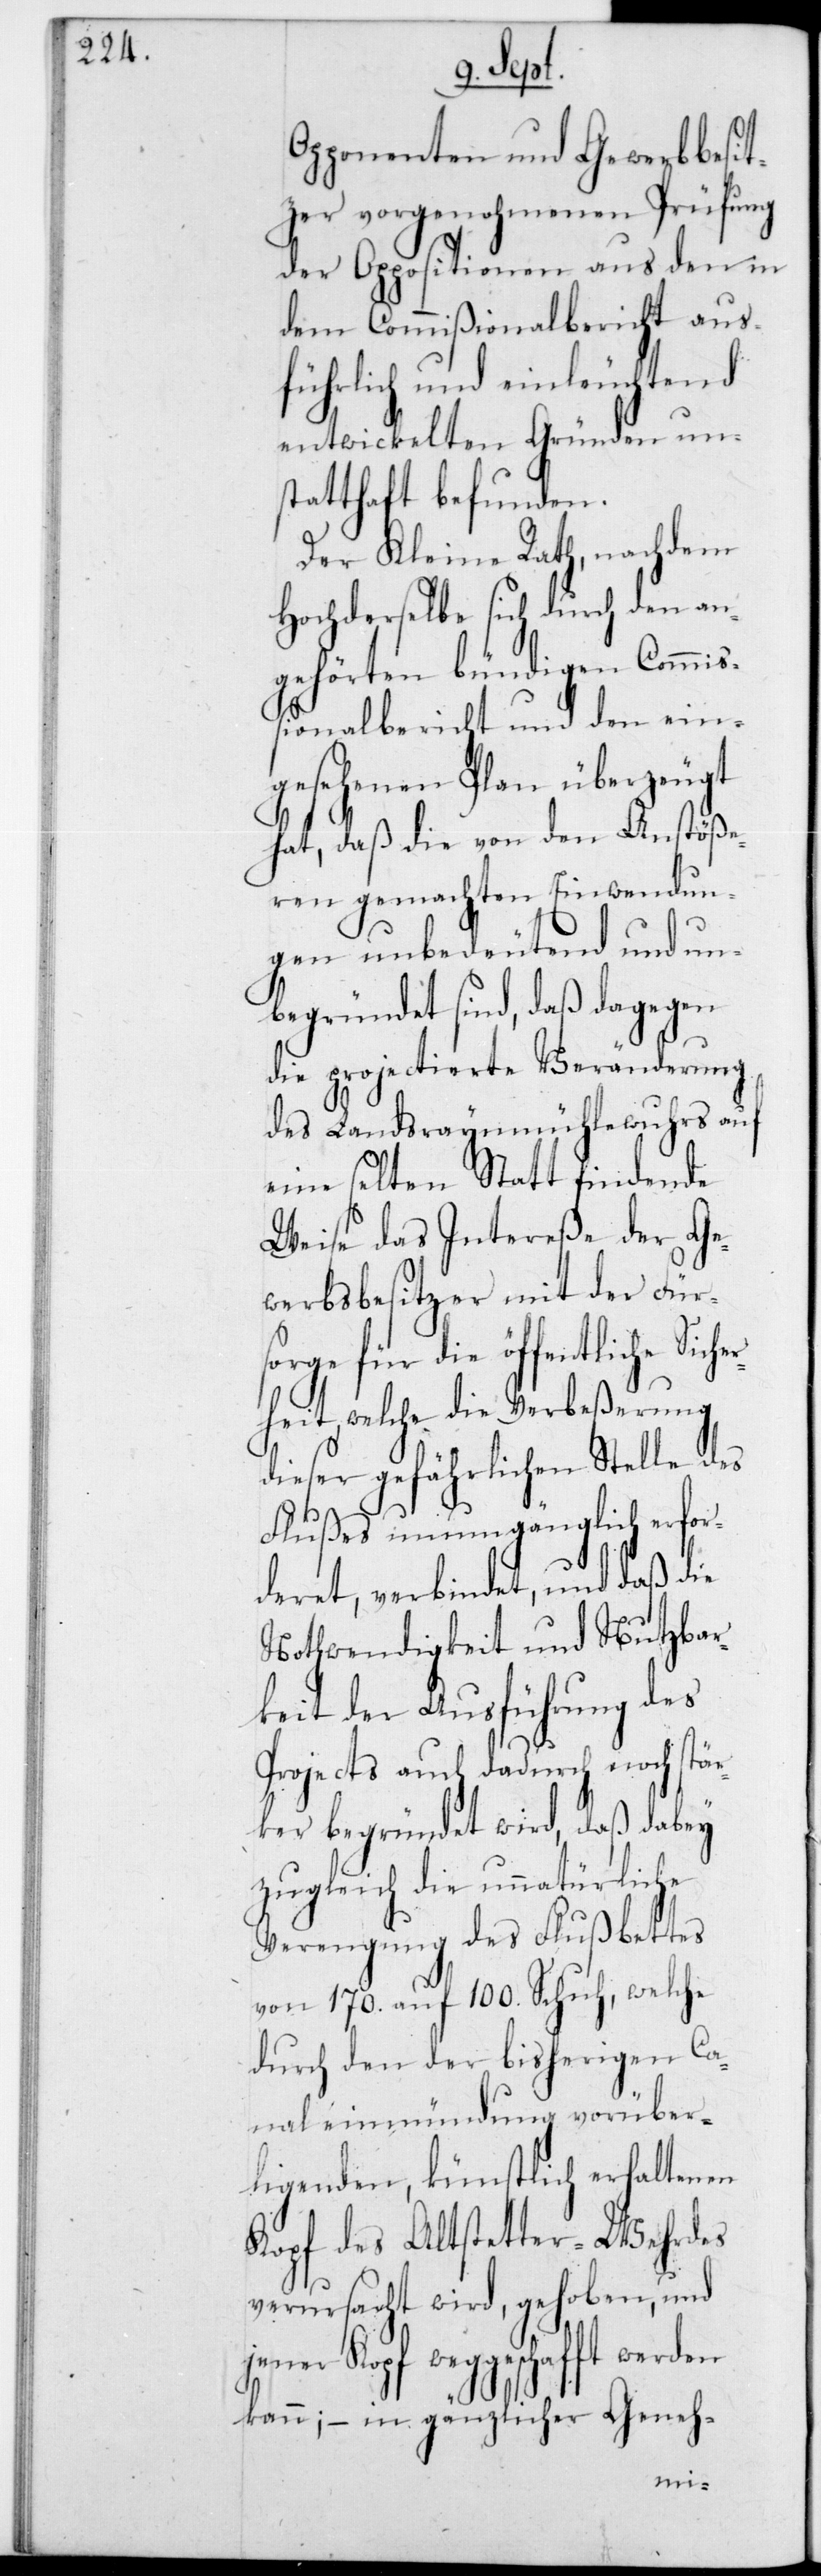
Opponenten und Gewerbbesit¬
zer vorgenohmenen Prüfung
der Oppositionen aus den in
dem Commißionalbericht aus¬
führlich und einleuchtend
entwickelten Gründen un¬
statthaft befunden.
Der Kleine Rat, nachdem
Hochderselbe sich durch den an¬
gehörten bündigen Commiß¬
ionalbericht und den ein¬
gesehenen Plan überzeugt
hat, daß die von den Anstöße¬
ren gemachten Einwendun¬
gen unbedeutend und un¬
begründet sind, daß dagegen
die projectierte Veränderung
des Landsraynmühlewuhrs auf
eine selten statt findende
Weise das Intereße der Ge¬
werbsbesitzer mit der Für¬
sorge für die öffentliche Siche¬
rheit, welche die Verbeßerung
dieser gefährlichen Stelle des
Flußes unumgänglich erfor¬
deret, verbindet, und daß die
Nothwendigkeit und Nutzbar¬
keit der Ausführung des
Projects auch dadurch noch stär¬
ker begründet wird, daß dabey
zugleich die unnatürliche
Verengung des Flußbettes
von 170 auf 100 Schuh, welche
durch den der bisherigen Ca¬
naleinmündung vorüber¬
liegenden, künstlich erhaltenen
Kopf des Altstetter-Wehrdes
verursacht wird, gehoben, und
jener Kopf weggeschafft werden
kann; – in gänzlicher Geneh-